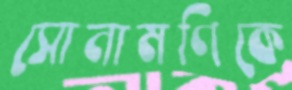
সোনামণিকে